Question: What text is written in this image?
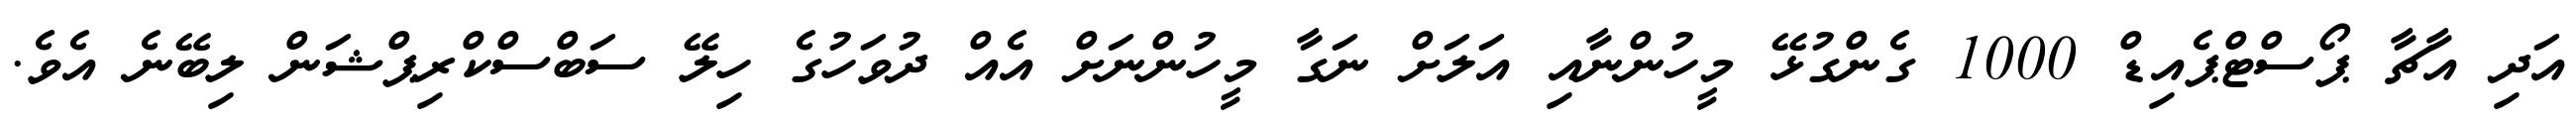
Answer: އަދި އާޗާ ޕޯސްޓްޕެއިޑް 1000 ގެންގުޅޭ މީހުންނާއި އަލަށް ނަގާ މީހުންނަށް އެއް ދުވަހުގެ ހިލޭ ސަބްސްކްރިޕްޝަން ލިބޭނެ އެވެ.